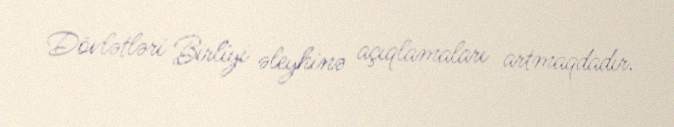
Dövlətləri Birliyi əleyhinə açıqlamaları artmaqdadır.